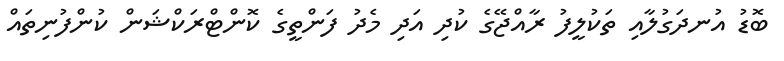
ބޮޑު އުނދަގުލާއި ތަކުލީފު ރާއްޖޭގެ ކުދި އަދި މެދު ފަންތީގެ ކޮންޓްރަކްޝަން ކުންފުނިތައް